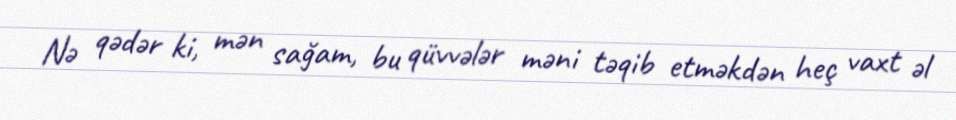
Nə qədər ki, mən sağam, bu qüvvələr məni təqib etməkdən heç vaxt əl